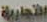
التجارية